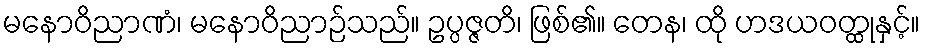
မနောဝိညာဏံ၊ မနောဝိညာဉ်သည်။ ဥပ္ပဇ္ဇတိ၊ ဖြစ်၏။ တေန၊ ထို ဟဒယဝတ္ထုနှင့်။